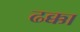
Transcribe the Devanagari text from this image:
ढक्का